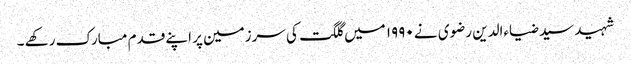
شہید سید ضیاءالدین رضوی نے ۱۹۹۰ میں گلگت کی سرزمین پر اپنے قدم مبارک رکھے ۔